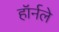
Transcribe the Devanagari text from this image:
हॉर्नले